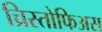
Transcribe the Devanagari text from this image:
च्रिस्तोफिअस